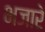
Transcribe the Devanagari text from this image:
भजारे